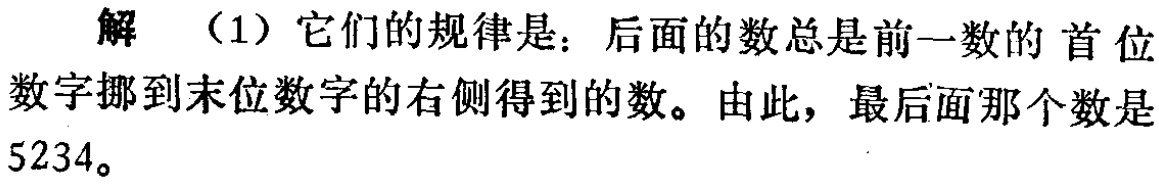
解 （1）它们的规律是：后面的数总是前一数的 首位数字挪到末位数字的右侧得到的数。由此，最后面那个数是5234。